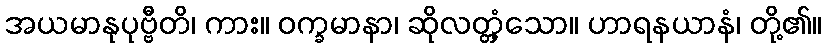
အယမာနုပုဗ္ဗီတိ၊ ကား။ ဝက္ခမာနာ၊ ဆိုလတ္တံ့သော။ ဟာရနယာနံ၊ တို့၏။